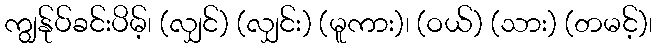
ကျွန်ုပ်ခင်းပိမ့်၊ (လျှင်) (လျှင်း) (မူကား)၊ (ဝယ်) (သား) (တမင့်)၊